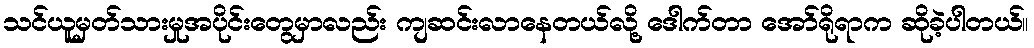
သင်ယူမှတ်သားမှုအပိုင်းတွေမှာလည်း ကျဆင်းလာနေတယ်လို့ ဒေါက်တာ အော်ရိုရာက ဆိုခဲ့ပါတယ်။